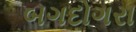
બગદોગરા